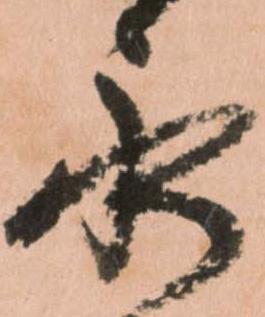
永